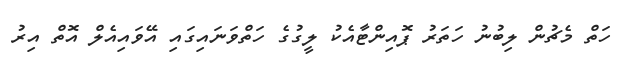
ހަތް މެޗުން ލިބުނު ހަތަރު ޕޮއިންޓާއެކު ލީގުގެ ހަތްވަނައިގައި އޭވައިއެލް އޮތް އިރު